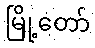
မြို့တော်